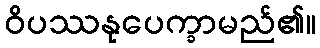
ဝိပဿနုပေက္ခာမည်၏။